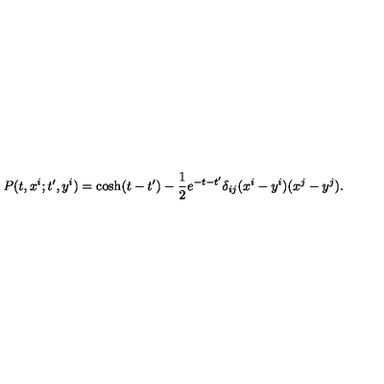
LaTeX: P ( t , x ^ { i } ; t ^ { \prime } , y ^ { i } ) = \cosh ( t - t ^ { \prime } ) - { \frac { 1 } { 2 } } e ^ { - t - t ^ { \prime } } \delta _ { i j } ( x ^ { i } - y ^ { i } ) ( x ^ { j } - y ^ { j } ) .